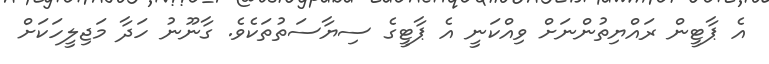
އެ ޕާޓީން ރައްޔިތުންނަށް ވިއްކަނީ އެ ޕާޓީގެ ސިޔާސަތުތަކެވެ. ގާނޫނު ހަދާ މަޖިލީހަކަށް